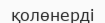
қолөнерді